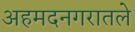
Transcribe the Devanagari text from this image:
अहमदनगरातले